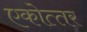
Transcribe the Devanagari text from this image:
एकोत्‍तर